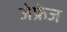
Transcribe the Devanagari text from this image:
जेफ्रेज